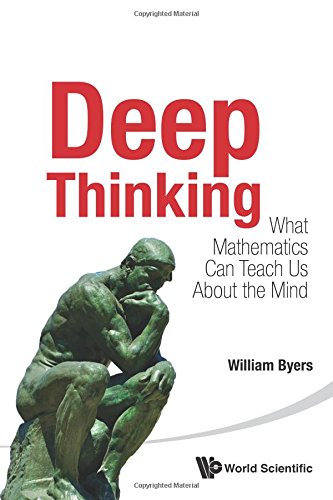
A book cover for Deep Thinking: What Mathematics Can Teach Us About the Mind; William Byers; Science & Math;